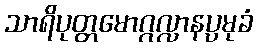
သာရိပုတ္တမောဂ္ဂလ္လာနပ္ပမုခံ